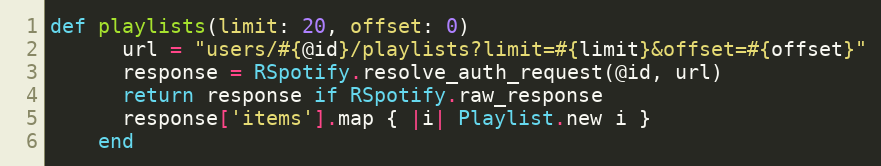
Language: Ruby
def playlists(limit: 20, offset: 0)
      url = "users/#{@id}/playlists?limit=#{limit}&offset=#{offset}"
      response = RSpotify.resolve_auth_request(@id, url)
      return response if RSpotify.raw_response
      response['items'].map { |i| Playlist.new i }
    end